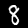
Label: 8